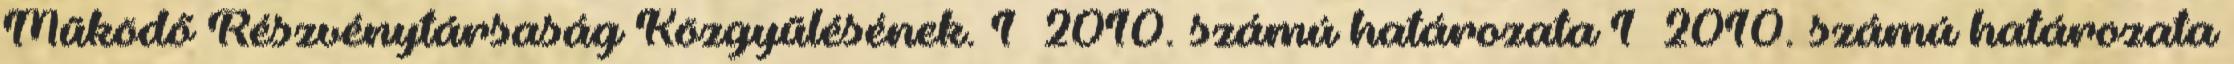
Működő Részvénytársaság Közgyűlésének. 1 2010. számú határozata 1 2010. számú határozata